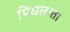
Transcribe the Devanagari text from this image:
पिघलाता